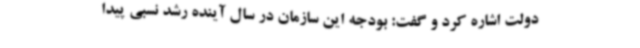
دولت اشاره کرد و گفت: بودجه این سازمان در سال آینده رشد نسبی پیدا